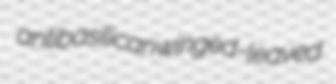
antibasilican winged-leaved